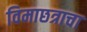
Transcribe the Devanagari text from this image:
विमाछत्राचा